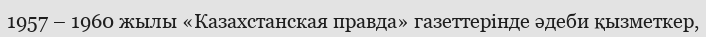
1957 – 1960 жылы «Казахстанская правда» газеттерінде әдеби қызметкер,